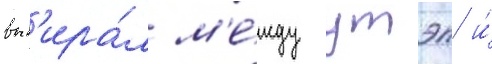
выб'ира́л м'е́жду утэп и́